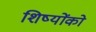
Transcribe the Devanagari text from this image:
शिष्योंको